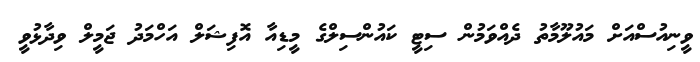
ވީނިއުސްއަށް މައުލޫމާތު ދެއްވަމުން ސިޓީ ކައުންސިލްގެ މީޑިއާ އޮފިޝަލް އަހްމަދު ޖަމީލް ވިދާޅުވީ